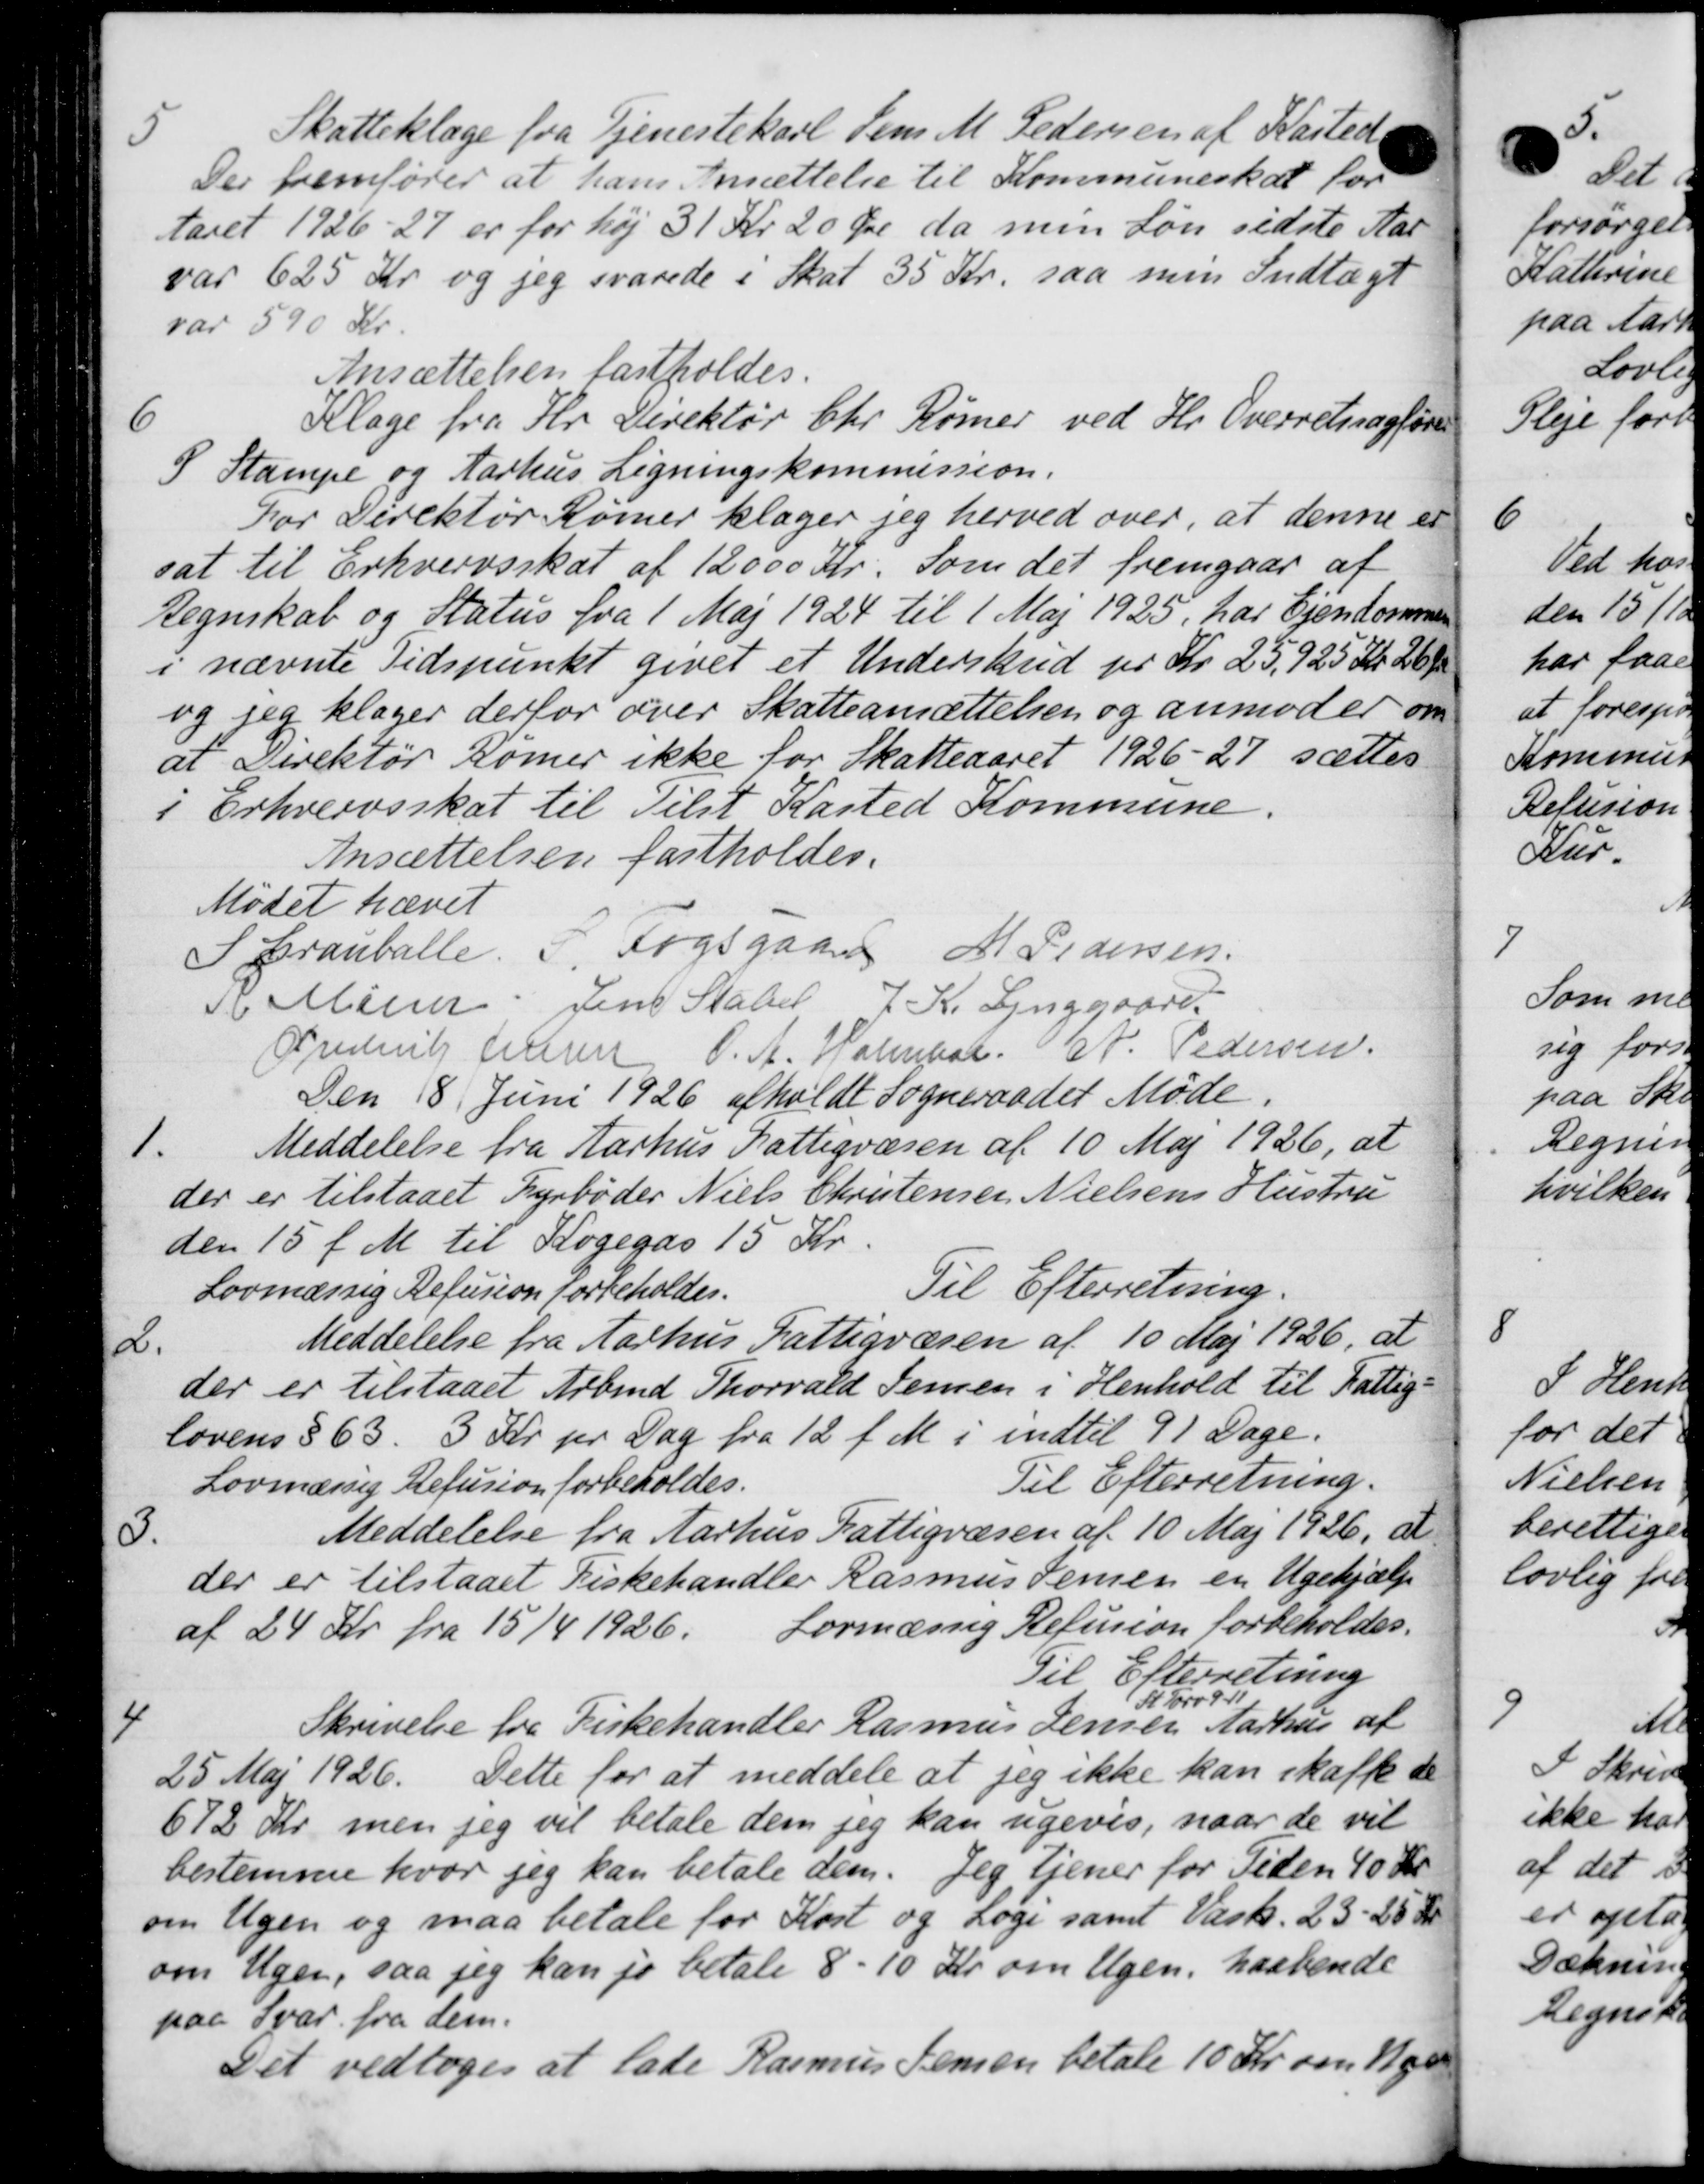
Transskription:
5
Skatteklage fra Tjenestekarl Jens M. Pedersen af Kasted
Der fremfører at hans Ansættelse til Kommuneskat for
Aaret 1926-27 er for høj 31 Kr. 20 Øre da min Løn sidste Aar
var 625 Kr og jeg svarede i Skat 35 Kr. saa men Indtægt
var 590 Kr.
Ansættelsen fastholdes.
6
Klage fra Hr. Direktør Chr. Rømer ved Hr. Overretsagføre
I Stampe og Aarhus Ligningskommission.
For Direktør Rømer klager jeg herved over, at denne er
sat til Erhvervsskat af 12000 Kr. som det fremgaar at
Regnskab og Status fra 1 Maj 1924 til 1 Maj 1925, har Ejendommen
i nævnte Tidspunkt givet et Underskud for Kr 25,925 Kr 26 Øre
og jeg klager derfor over Skatteansættelsen og anmoder om
at Direktør Rømer ikke for Skatteaaret 1926-27 sættes
Erhvervsskat til Tilst Kasted Kommune
Ansættelsen fastholdes.
Mødet hævet
Sranballe 5. Fogsgaard M Pedersen.
R Meerer Jens Stabel 7 Kr Lynggaard
F Frederik Jensen O. A. Holmaar A. Pedersen
Den 8. Juni 1926 afholdt Sogneraadet Møde.
1.
Meddelelse fra Aarhus Fattigvæsen af 10 Maj 1926, at
der er tilstaaet Fyrbøder Niels Christensen Nielsens Hustru
den 15 f. M. til Kogegas 15 Kr.
Til Efterretning.
Lovmæssig Refusion forbeholdes.
2.
Meddelelse fra Aarhus Fattigvæsen af 10 Maj 1926, at
der er tilstaaet Arbmd. Thorvald Jensen i Henhold til Fattig-
lovens § 63. 3 Kr pr Dag fra 12 f. M. i indtil 91 Dage.
Til Efterretning.
Lovmæssig Refusion forbeholdes.
3.
Meddelelse fra Aarhus Fattigvæsen af 10 Maj 1926, at
der er tilstaaet Fiskehandler Rasmus Jensen en Ugehjælp
af 24 Kr. fra 15/4 1926.
Lovmæssig Refusion forbeholdes.
Til Efterretning
4
Skrivelse fra Kirkehandler Rasmus Jensen
St Tørv a 11
Aarhus af
25 Maj 1926. Dette for at meddele at jeg ikke kan skaffe de
672 Kr. men jeg vil betale dem jeg kan ugevis, naar de vil
bestemme hvor jeg kan betale dem. Jeg tjener for Tiden 10 Kr
om Ugen og maa betale for Kort og Loge samt Vask. 23-25 Kr
om Ugen, saa jeg kan jo betale 8 - 10 Kr. om Ugen, haabende
paa Svar fra dem.
Det vedtoges at lade Rasmus Jensen betale 10 Kr. om Uge